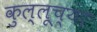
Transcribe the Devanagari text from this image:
कुल्लूच्या